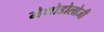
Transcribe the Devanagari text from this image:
मेथोडोलोजी